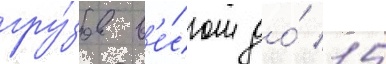
гру́зов в'е́сом до́ 15